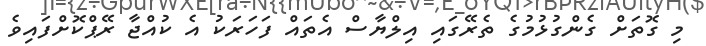
މި ގޮތަށް ގެންގުޅުމުގެ ތެރޭގައި އިލްޔާސް އެތައް ފަހަރަކު އެ ކުއްޖާ ރޭޕްކޮށްފައިވެ